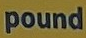
pound